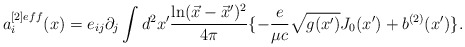
\begin{align*}a_i^{[2]eff}(x)=e_{ij} \partial_j\int d^2x' {\ln (\vec x - \vec x')^2 \over 4\pi}\{- {e\over \mu c} \sqrt{g(x')}J_0(x') + b^{(2)}(x')\}.\end{align*}